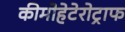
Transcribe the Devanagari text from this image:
कीमोहेटेरोट्राफ